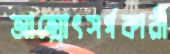
আত্মোৎসর্গকারী